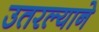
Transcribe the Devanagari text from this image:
उतरल्याने